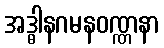
အဒ္ဓါနဂမနဝဏ္ဏနာ